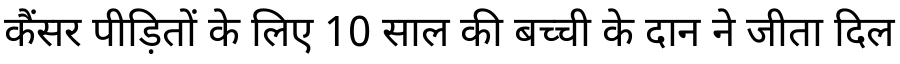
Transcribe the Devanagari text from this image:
कैंसर पीड़ितों के लिए 10 साल की बच्ची के दान ने जीता दिल